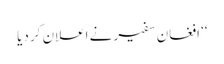
‘‘ افغان سفیر نے اعلان کر دیا